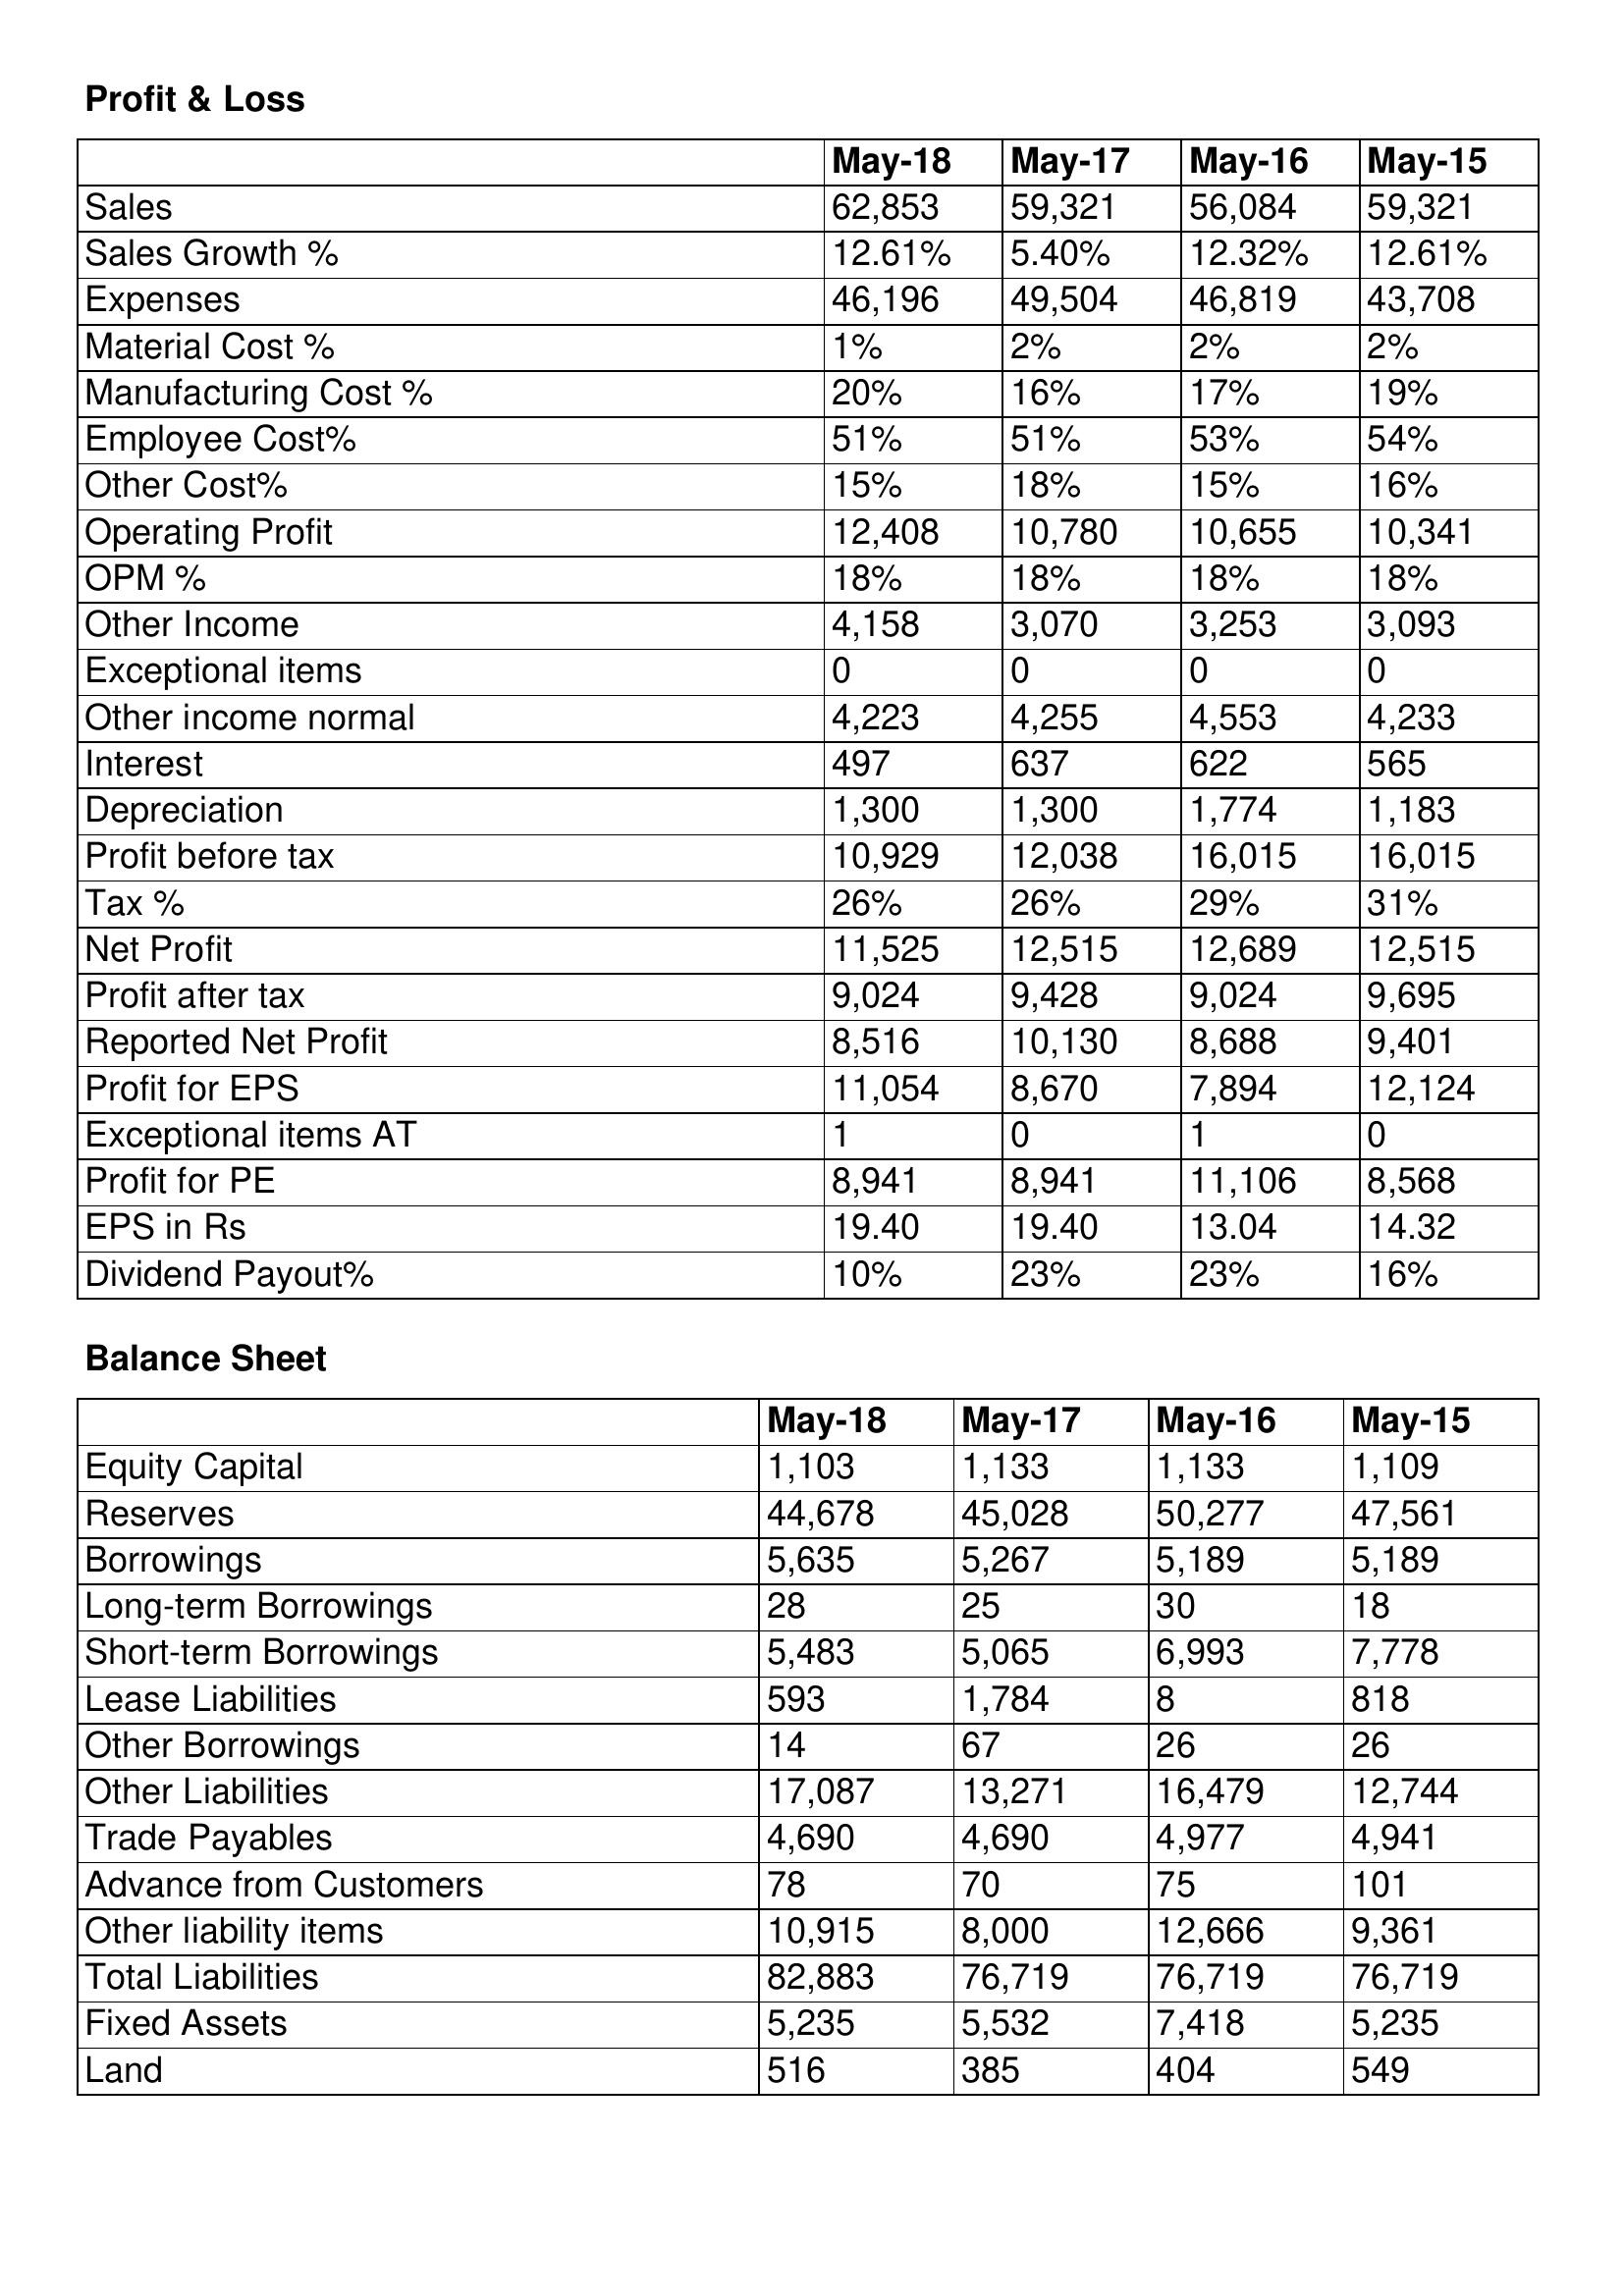
gt_parse: May-18: Profit & Loss: Sales: 62,853
Sales Growth %: 12.61%
Expenses: 46,196
Material Cost %: 1%
Manufacturing Cost %: 20%
Employee Cost%: 51%
Other Cost%: 15%
Operating Profit: 12,408
OPM %: 18%
Other Income: 4,158
Exceptional items: 0
Other income normal: 4,223
Interest: 497
Depreciation: 1,300
Profit before tax: 10,929
Tax %: 26%
Net Profit: 11,525
Profit after tax: 9,024
Reported Net Profit: 8,516
Profit for EPS: 11,054
Exceptional items AT: 1
Profit for PE: 8,941
EPS in Rs: 19.40
Dividend Payout%: 10%
Balance Sheet: Equity Capital: 1,103
Reserves: 44,678
Borrowings: 5,635
Long-term Borrowings: 28
Short-term Borrowings: 5,483
Lease Liabilities: 593
Other Borrowings: 14
Other Liabilities: 17,087
Trade Payables: 4,690
Advance from Customers: 78
Other liability items: 10,915
Total Liabilities: 82,883
Fixed Assets: 5,235
Land: 516
May-17: Profit & Loss: Sales: 59,321
Sales Growth %: 5.40%
Expenses: 49,504
Material Cost %: 2%
Manufacturing Cost %: 16%
Employee Cost%: 51%
Other Cost%: 18%
Operating Profit: 10,780
OPM %: 18%
Other Income: 3,070
Exceptional items: 0
Other income normal: 4,255
Interest: 637
Depreciation: 1,300
Profit before tax: 12,038
Tax %: 26%
Net Profit: 12,515
Profit after tax: 9,428
Reported Net Profit: 10,130
Profit for EPS: 8,670
Exceptional items AT: 0
Profit for PE: 8,941
EPS in Rs: 19.40
Dividend Payout%: 23%
Balance Sheet: Equity Capital: 1,133
Reserves: 45,028
Borrowings: 5,267
Long-term Borrowings: 25
Short-term Borrowings: 5,065
Lease Liabilities: 1,784
Other Borrowings: 67
Other Liabilities: 13,271
Trade Payables: 4,690
Advance from Customers: 70
Other liability items: 8,000
Total Liabilities: 76,719
Fixed Assets: 5,532
Land: 385
May-16: Profit & Loss: Sales: 56,084
Sales Growth %: 12.32%
Expenses: 46,819
Material Cost %: 2%
Manufacturing Cost %: 17%
Employee Cost%: 53%
Other Cost%: 15%
Operating Profit: 10,655
OPM %: 18%
Other Income: 3,253
Exceptional items: 0
Other income normal: 4,553
Interest: 622
Depreciation: 1,774
Profit before tax: 16,015
Tax %: 29%
Net Profit: 12,689
Profit after tax: 9,024
Reported Net Profit: 8,688
Profit for EPS: 7,894
Exceptional items AT: 1
Profit for PE: 11,106
EPS in Rs: 13.04
Dividend Payout%: 23%
Balance Sheet: Equity Capital: 1,133
Reserves: 50,277
Borrowings: 5,189
Long-term Borrowings: 30
Short-term Borrowings: 6,993
Lease Liabilities: 8
Other Borrowings: 26
Other Liabilities: 16,479
Trade Payables: 4,977
Advance from Customers: 75
Other liability items: 12,666
Total Liabilities: 76,719
Fixed Assets: 7,418
Land: 404
May-15: Profit & Loss: Sales: 59,321
Sales Growth %: 12.61%
Expenses: 43,708
Material Cost %: 2%
Manufacturing Cost %: 19%
Employee Cost%: 54%
Other Cost%: 16%
Operating Profit: 10,341
OPM %: 18%
Other Income: 3,093
Exceptional items: 0
Other income normal: 4,233
Interest: 565
Depreciation: 1,183
Profit before tax: 16,015
Tax %: 31%
Net Profit: 12,515
Profit after tax: 9,695
Reported Net Profit: 9,401
Profit for EPS: 12,124
Exceptional items AT: 0
Profit for PE: 8,568
EPS in Rs: 14.32
Dividend Payout%: 16%
Balance Sheet: Equity Capital: 1,109
Reserves: 47,561
Borrowings: 5,189
Long-term Borrowings: 18
Short-term Borrowings: 7,778
Lease Liabilities: 818
Other Borrowings: 26
Other Liabilities: 12,744
Trade Payables: 4,941
Advance from Customers: 101
Other liability items: 9,361
Total Liabilities: 76,719
Fixed Assets: 5,235
Land: 549